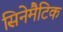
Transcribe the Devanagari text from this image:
सिनेमैटिक